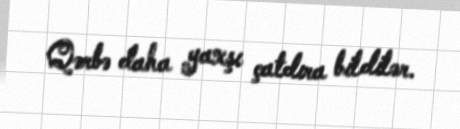
Qərbə daha yaxşı çatdıra bildilər.